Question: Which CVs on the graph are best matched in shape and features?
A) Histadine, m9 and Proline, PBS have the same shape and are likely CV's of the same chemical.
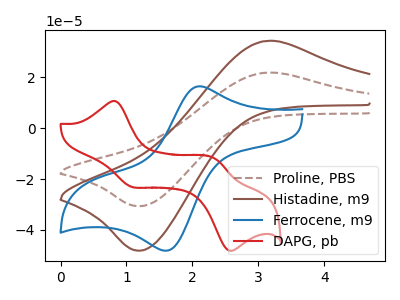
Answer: <think>The brown dashed curve "Proline, PBS" has an anodic peak at (3.10V, 21.85uA) and a cathodic peak at (1.20V, -30.60uA). The brown curve "Histadine, m9" has an anodic peak at (3.10V, 34.30uA) and a cathodic peak at (1.20V, -48.10uA). The blue curve "Ferrocene, m9" has an anodic peak at (2.10V, 16.45uA) and a cathodic peak at (1.60V, -48.10uA). The red curve "DAPG, pb" has anodic peaks at (0.85V, 10.60uA) (2.35V, -11.95uA) and cathodic peaks at (1.05V, -22.95uA) (2.55V, -47.95uA).
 All the peaks in "Proline, PBS" have a peak in "Histadine, m9" at the same potential. Every peak in "Proline, PBS" is lower than every peak in "Histadine, m9". "Proline, PBS" and "Ferrocene, m9" have at least one peak that do not match. "Proline, PBS" and "DAPG, pb" have a different number of peaks. "Histadine, m9" and "Ferrocene, m9" have at least one peak that do not match. "Histadine, m9" and "DAPG, pb" have a different number of peaks. "Ferrocene, m9" and "DAPG, pb" have a different number of peaks.</think>
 <answer>A) "Histadine, m9" and "Proline, PBS" have the same shape and are likely CV's of the same chemical.</answer>
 <eval>A</eval>